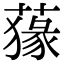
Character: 𦺛